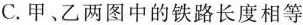
C.甲、乙两图中的铁路长度相等